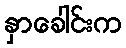
နှာခေါင်းက